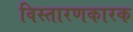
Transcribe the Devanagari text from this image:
विस्तारणकारक